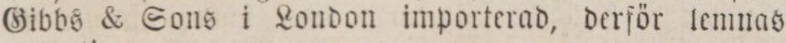
Gibbs & Sons i London importerad, derför temnas